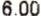
6.00